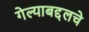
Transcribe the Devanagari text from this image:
गेल्याबद्दलचे